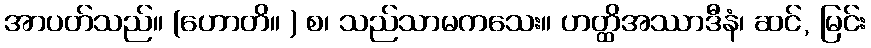
အာပတ်သည်။ (ဟောတိ။ ) စ၊ သည်သာမကသေး။ ဟတ္ထိအဿာဒီနံ၊ ဆင်, မြင်း